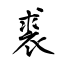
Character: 裘